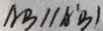
A B / / A ^ { \prime } B )